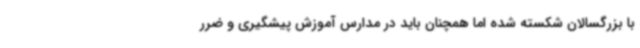
با بزرگسالان شکسته شده اما همچنان باید در مدارس آموزش پیشگیری و ضرر